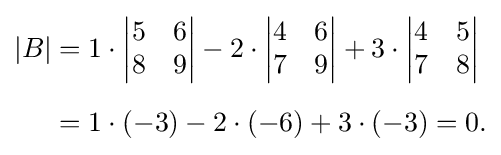
{\begin{aligned}|B|&=1\cdot {\begin{vmatrix}5&6\\8&9\end{vmatrix}}-2\cdot {\begin{vmatrix}4&6\\7&9\end{vmatrix}}+3\cdot {\begin{vmatrix}4&5\\7&8\end{vmatrix}}\\[5pt]&=1\cdot (-3)-2\cdot (-6)+3\cdot (-3)=0.\end{aligned}}